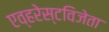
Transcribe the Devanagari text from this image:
एव्हरेस्टविजेता